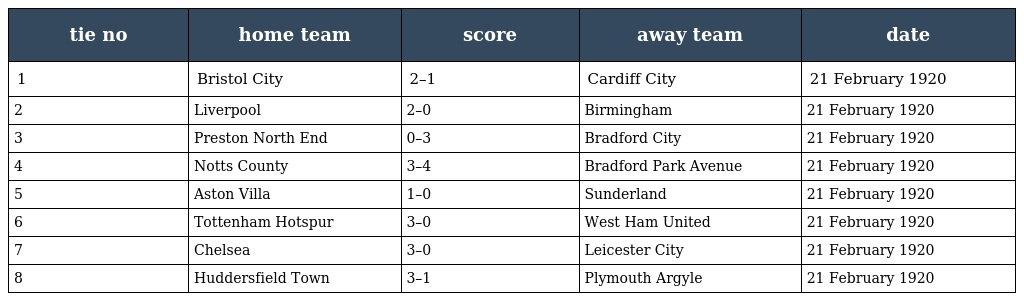
| tie no | home team | score | away team | date |
 | --- | --- | --- | --- | --- |
 | 1 | Bristol City | 2–1 | Cardiff City | 21 February 1920 |
 | 2 | Liverpool | 2–0 | Birmingham | 21 February 1920 |
 | 3 | Preston North End | 0–3 | Bradford City | 21 February 1920 |
 | 4 | Notts County | 3–4 | Bradford Park Avenue | 21 February 1920 |
 | 5 | Aston Villa | 1–0 | Sunderland | 21 February 1920 |
 | 6 | Tottenham Hotspur | 3–0 | West Ham United | 21 February 1920 |
 | 7 | Chelsea | 3–0 | Leicester City | 21 February 1920 |
 | 8 | Huddersfield Town | 3–1 | Plymouth Argyle | 21 February 1920 |